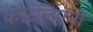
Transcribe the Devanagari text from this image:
कोरलिएनो